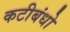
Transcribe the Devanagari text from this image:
कटीबंधो